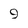
Character: 9